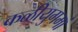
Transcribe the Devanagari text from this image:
कळीयुगमां